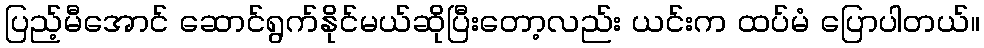
ပြည့်မီအောင် ဆောင်ရွက်နိုင်မယ်ဆိုပြီးတော့လည်း ယင်းက ထပ်မံ ပြောပါတယ်။